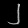
Digit: ၂